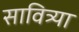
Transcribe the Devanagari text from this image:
सावित्र्या